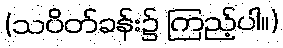
(သပိတ်ခန်း၌ ကြည့်ပါ။)